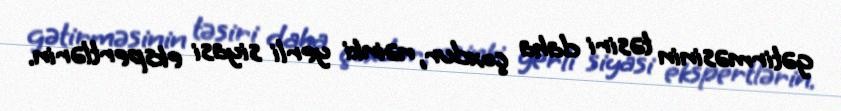
gətirməsinin təsiri daha çoxdur, nəinki yerli siyasi ekspertlərin.